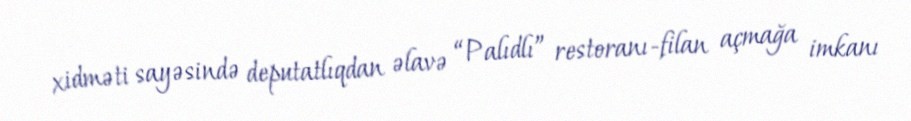
xidməti sayəsində deputatlıqdan əlavə “Palıdlı” restoranı-filan açmağa imkanı